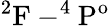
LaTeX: \mathrm{^2F-^{4}P^{o}}